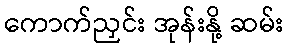
ကောက်ညှင်း အုန်းနို့ ဆမ်း